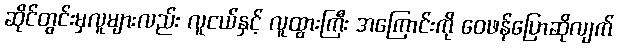
ဆိုင်တွင်းမှလူများလည်း လူငယ်နှင့် လူထွားကြီး အကြောင်းကို ဝေဖန်ပြောဆိုလျက်